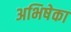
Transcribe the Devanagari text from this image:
अभिषेका